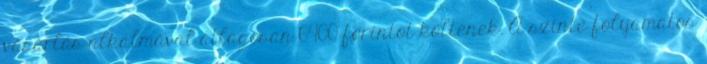
vásárlás alkalmával átlagosan 6400 forintot költenek. A szinte folyamatos